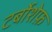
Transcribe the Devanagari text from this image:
टर्बोशेफ़